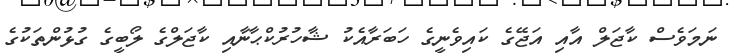
ނަމަވެސް ކާޖަލް އާއި އަޖޭގެ ކައިވެނީގެ ހަބަރާއެކު ޝާހުރުކްޙާނާއި ކާޖަލްގެ ލޯބީގެ ގުޅުންތަކުގެ